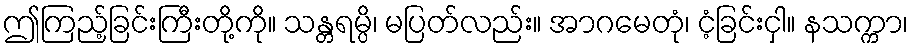
ဤကြည့်ခြင်းကြီးတို့ကို။ သန္တရမ္ပိ၊ မပြတ်လည်း။ အာဂမေတုံ၊ ငံ့ခြင်းငှါ။ နသက္ကာ၊